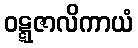
ဝဋ္ဋဇာလိကာယံ